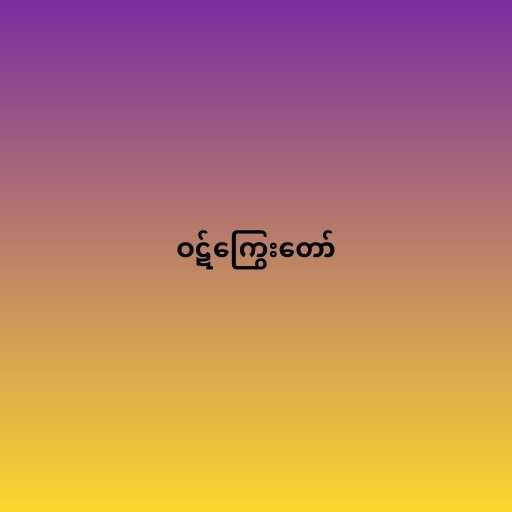
ဝဋ်ကြွေးတော်